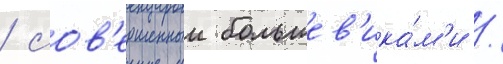
/ сов'ершенныи большев'ика́м'и /